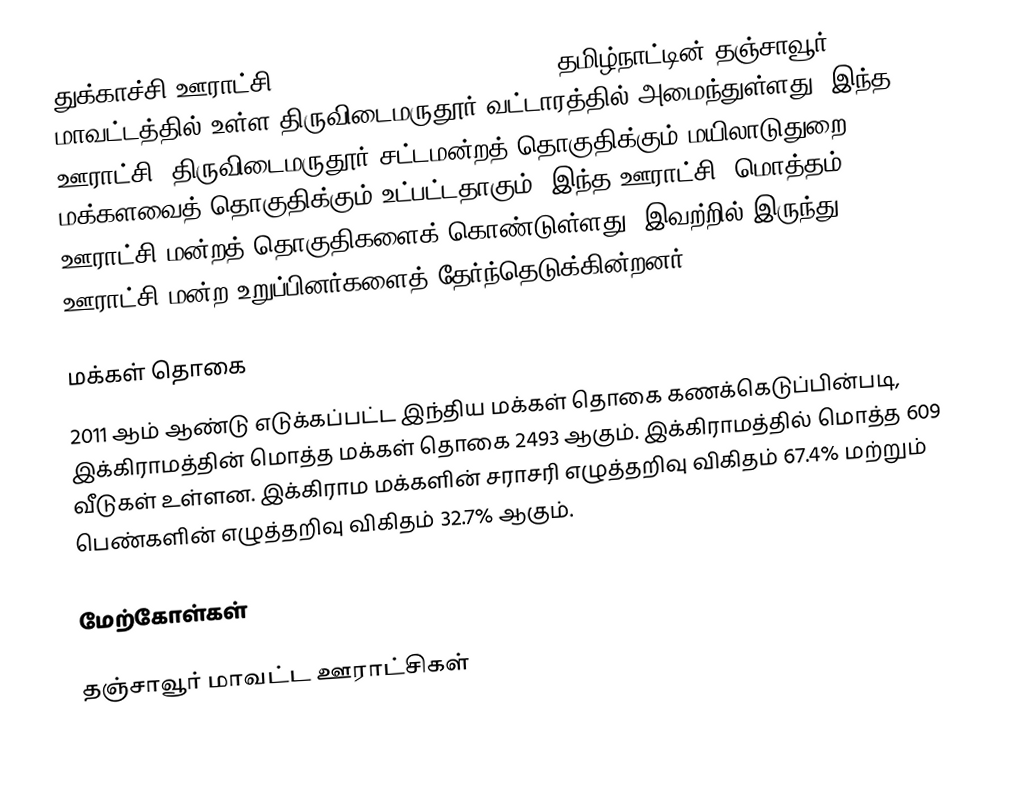
துக்காச்சி ஊராட்சி (Thukkatchi Gram Panchayat), தமிழ்நாட்டின் தஞ்சாவூர் மாவட்டத்தில் உள்ள திருவிடைமருதூர் வட்டாரத்தில் அமைந்துள்ளது. இந்த ஊராட்சி, திருவிடைமருதூர் சட்டமன்றத் தொகுதிக்கும் மயிலாடுதுறை மக்களவைத் தொகுதிக்கும் உட்பட்டதாகும். இந்த ஊராட்சி, மொத்தம் 7 ஊராட்சி மன்றத் தொகுதிகளைக் கொண்டுள்ளது. இவற்றில் இருந்து 7 ஊராட்சி மன்ற உறுப்பினர்களைத் தேர்ந்தெடுக்கின்றனர்.

மக்கள் தொகை
2011 ஆம் ஆண்டு எடுக்கப்பட்ட இந்திய மக்கள் தொகை கணக்கெடுப்பின்படி, இக்கிராமத்தின் மொத்த மக்கள் தொகை 2493 ஆகும். இக்கிராமத்தில் மொத்த 609 வீடுகள் உள்ளன. இக்கிராம மக்களின் சராசரி எழுத்தறிவு விகிதம் 67.4% மற்றும் பெண்களின் எழுத்தறிவு விகிதம் 32.7% ஆகும்.

மேற்கோள்கள்

தஞ்சாவூர் மாவட்ட ஊராட்சிகள்